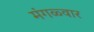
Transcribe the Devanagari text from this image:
मंगळ्वार